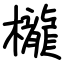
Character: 櫳